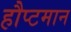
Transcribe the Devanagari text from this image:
हौप्टमान